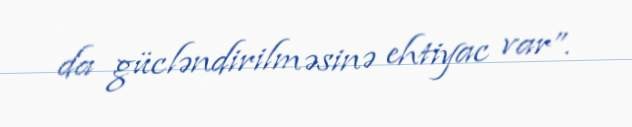
da gücləndirilməsinə ehtiyac var”.